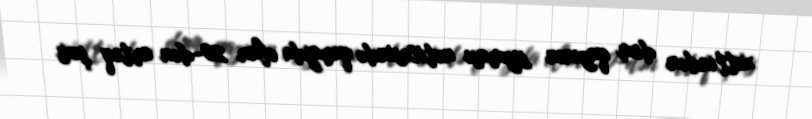
xəttindən dəm qazının sızması nəticəsində qarajda olan 20-dən artıq şəxs